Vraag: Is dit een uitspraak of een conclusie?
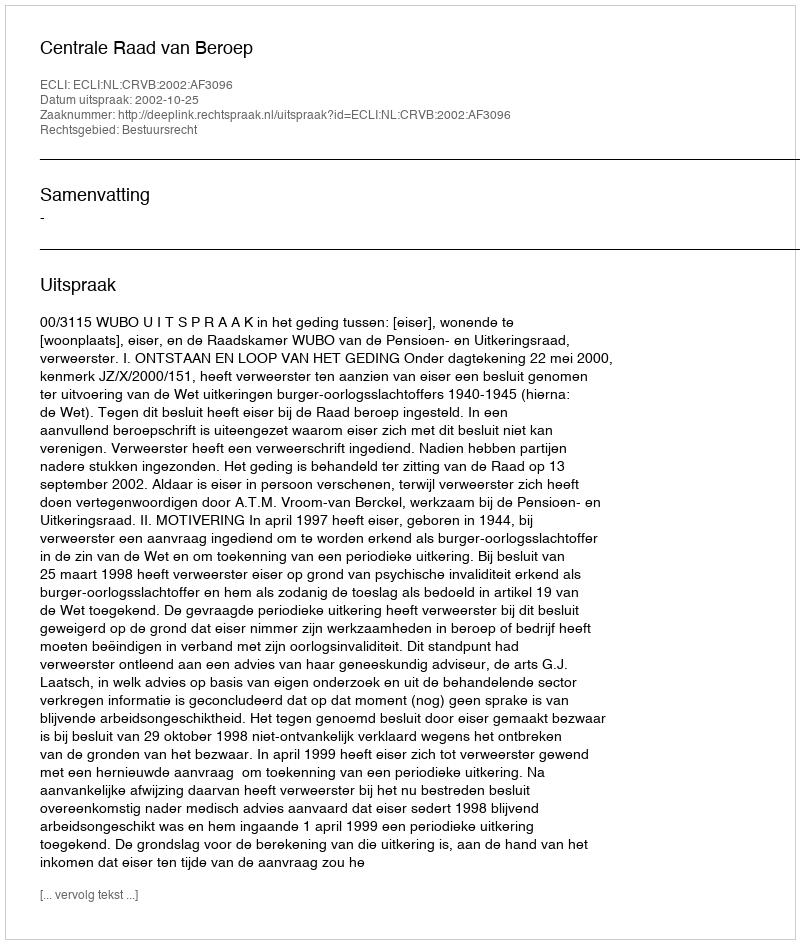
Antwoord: Uitspraak